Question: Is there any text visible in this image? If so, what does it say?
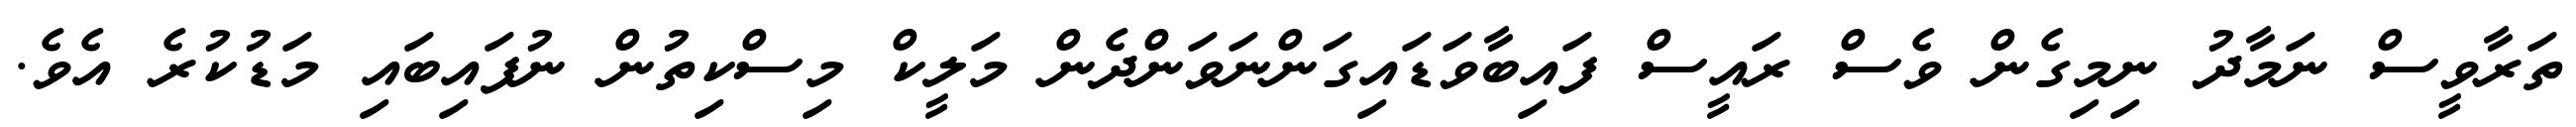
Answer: ތަރާވީސް ނަމާދު ނިމިގެން ވެސް ރައީސް ފައިބާވަޑައިގަންނަވަންދެން މަލީކް މިސްކިތުން ނުފައިބައި މަޑުކުރެ އެވެ.